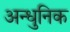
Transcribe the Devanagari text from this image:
अन्धुनिक